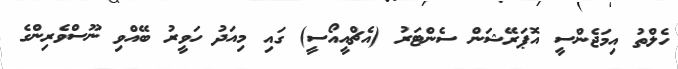
ހެލްތު އިމަޖެންސީ އޮޕަރޭޝަން ސެންޓަރު (އެޗްއީއޯސީ) ގައި މިއަދު ހަވީރު ބޭއްވި ނޫސްވެރިންގެ